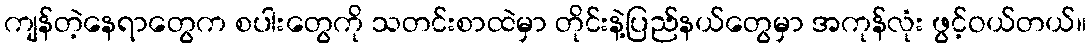
ကျန်တဲ့နေရာတွေက စပါးတွေကို သတင်းစာထဲမှာ တိုင်းနဲ့ပြည်နယ်တွေမှာ အကုန်လုံး ဖွင့်ဝယ်တယ်။